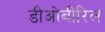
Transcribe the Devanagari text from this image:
डीओबीरिल